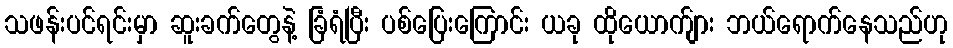
သဖန်းပင်ရင်းမှာ ဆူးခက်တွေနဲ့ ခြံရံပြီး ပစ်ပြေးကြောင်း ယခု ထိုယောက်ျား ဘယ်ရောက်နေသည်ဟု